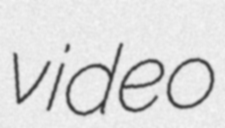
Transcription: video